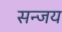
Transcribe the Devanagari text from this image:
सन्जय